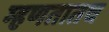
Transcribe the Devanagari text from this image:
म्हणतातच